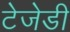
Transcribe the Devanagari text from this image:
टेजेडी